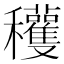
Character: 𥤙